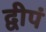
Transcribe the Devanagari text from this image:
द्वीपं